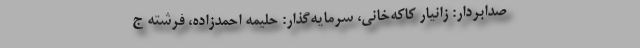
صدابردار: زانیار کاکه‌خانی، سرمایه‌گذار: حلیمه احمدزاده، فرشته ‌ج